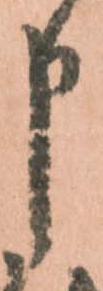
申